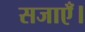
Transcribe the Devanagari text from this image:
सजाएँ।